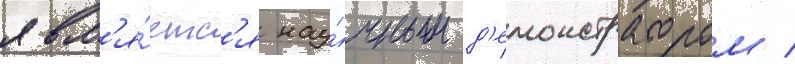
явл'я́етс'я нау́чным д'емонстратором /